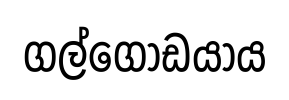
ගල්ගොඩයාය